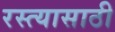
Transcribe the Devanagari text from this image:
रस्त्यासाठी